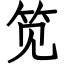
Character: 笕